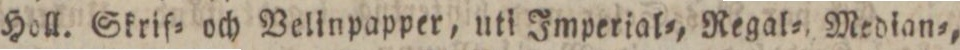
Holl. Skrif= och Velinpapper, uti Imperial=, Regal= Median=,